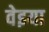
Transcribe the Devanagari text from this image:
वेइया